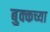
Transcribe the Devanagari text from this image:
बुक्कच्या